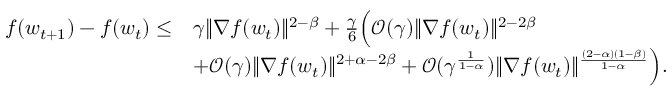
\begin{array} { r l } { f ( w _ { t + 1 } ) - f ( w _ { t } ) \le } & { \gamma \| \nabla f ( w _ { t } ) \| ^ { 2 - \beta } + \frac { \gamma } { 6 } \Big ( \mathcal { O } ( \gamma ) \| \nabla f ( w _ { t } ) \| ^ { 2 - 2 \beta } } \\ & { + \mathcal { O } ( \gamma ) \| \nabla f ( w _ { t } ) \| ^ { 2 + \alpha - 2 \beta } + \mathcal { O } ( \gamma ^ { \frac { 1 } { 1 - \alpha } } ) \| \nabla f ( w _ { t } ) \| ^ { \frac { ( 2 - \alpha ) ( 1 - \beta ) } { 1 - \alpha } } \Big ) . } \end{array}